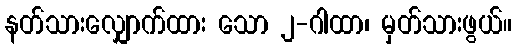
နတ်သားလျှောက်ထား သော ၂-ဂါထာ၊ မှတ်သားဖွယ်။